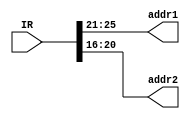
module extract_reg_adrr(
input wire [31:0] IR,
output wire [4:0] addr1,
output wire [4:0] addr2
);
assign addr1=IR[25:21];
assign addr2=IR[20:16];
endmodule